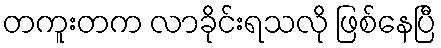
တကူးတက လာခိုင်းရသလို ဖြစ်နေပြီ